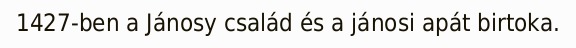
1427-ben a Jánosy család és a jánosi apát birtoka.